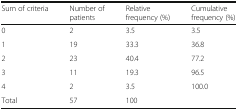
<table><thead><tr><td><b>Sum of criteria</b></td><td><b>Number of patients</b></td><td><b>Relative frequency (%)</b></td><td><b>Cumulative frequency (%)</b></td></tr></thead><tbody><tr><td>0</td><td>2</td><td>3.5</td><td>3.5</td></tr><tr><td>1</td><td>19</td><td>33.3</td><td>36.8</td></tr><tr><td>2</td><td>23</td><td>40.4</td><td>77.2</td></tr><tr><td>3</td><td>11</td><td>19.3</td><td>96.5</td></tr><tr><td>4</td><td>2</td><td>3.5</td><td>100.0</td></tr><tr><td>Total</td><td>57</td><td>100</td><td></td></tr></tbody></table>